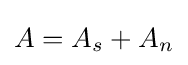
A=A_{s}+A_{n}